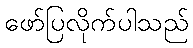
ဖော်ပြလိုက်ပါသည်